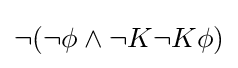
\neg (\neg \phi \land \neg K\neg K\phi )